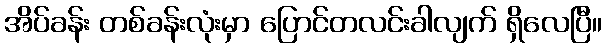
အိပ်ခန်း တစ်ခန်းလုံးမှာ ပြောင်တလင်းခါလျက် ရှိလေပြီ။